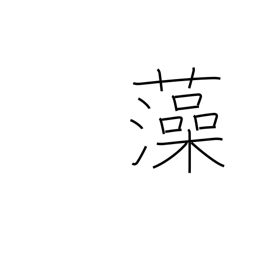
Meaning: seaweed